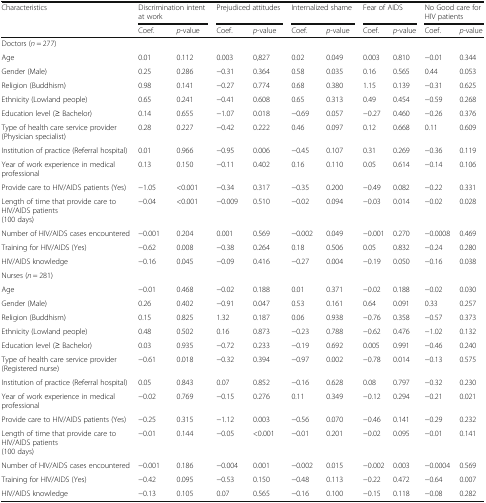
<table><thead><tr><td rowspan="2"><b>Characteristics</b></td><td colspan="2"><b>Discrimination intent at work</b></td><td colspan="2"><b>Prejudiced attitudes</b></td><td colspan="2"><b>Internalized shame</b></td><td colspan="2"><b>Fear of AIDS</b></td><td colspan="2"><b>No Good care for HIV patients</b></td></tr><tr><td><b>Coef.</b></td><td><b><i>p</i>-value</b></td><td><b>Coef.</b></td><td><b><i>p</i>-value</b></td><td><b>Coef.</b></td><td><b><i>p</i>-value</b></td><td><b>Coef.</b></td><td><b><i>p</i>-value</b></td><td><b>Coef.</b></td><td><b><i>p</i>-value</b></td></tr></thead><tbody><tr><td>Doctors (<i>n</i> = 277)</td><td></td><td></td><td></td><td></td><td></td><td></td><td></td><td></td><td></td><td></td></tr><tr><td>Age</td><td>0.01</td><td>0.112</td><td>0.003</td><td>0,827</td><td>0.02</td><td>0.049</td><td>0.003</td><td>0.810</td><td>−0.01</td><td>0.344</td></tr><tr><td>Gender (Male)</td><td>0.25</td><td>0.286</td><td>−0.31</td><td>0.364</td><td>0.58</td><td>0.035</td><td>0.16</td><td>0.565</td><td>0.44</td><td>0.053</td></tr><tr><td>Religion (Buddhism)</td><td>0.98</td><td>0.141</td><td>−0.27</td><td>0.774</td><td>0.68</td><td>0.380</td><td>1.15</td><td>0.139</td><td>−0.31</td><td>0.625</td></tr><tr><td>Ethnicity (Lowland people)</td><td>0.65</td><td>0.241</td><td>−0.41</td><td>0.608</td><td>0.65</td><td>0.313</td><td>0.49</td><td>0.454</td><td>−0.59</td><td>0.268</td></tr><tr><td>Education level (≥ Bachelor)</td><td>0.14</td><td>0.655</td><td>−1.07</td><td>0.018</td><td>−0.69</td><td>0.057</td><td>−0.27</td><td>0.460</td><td>−0.26</td><td>0.376</td></tr><tr><td>Type of health care service provider (Physician specialist)</td><td>0.28</td><td>0.227</td><td>−0.42</td><td>0.222</td><td>0.46</td><td>0.097</td><td>0.12</td><td>0.668</td><td>0.11</td><td>0.609</td></tr><tr><td>Institution of practice (Referral hospital)</td><td>0.01</td><td>0.966</td><td>−0.95</td><td>0.006</td><td>−0.45</td><td>0.107</td><td>0.31</td><td>0.269</td><td>−0.36</td><td>0.119</td></tr><tr><td>Year of work experience in medical professional</td><td>0.13</td><td>0.150</td><td>−0.11</td><td>0.402</td><td>0.16</td><td>0.110</td><td>0.05</td><td>0.614</td><td>−0.14</td><td>0.106</td></tr><tr><td>Provide care to HIV/AIDS patients (Yes)</td><td>−1.05</td><td>&lt;0.001</td><td>−0.34</td><td>0.317</td><td>−0.35</td><td>0.200</td><td>−0.49</td><td>0.082</td><td>−0.22</td><td>0.331</td></tr><tr><td>Length of time that provide care to HIV/AIDS patients(100 days)</td><td>−0.04</td><td>&lt;0.001</td><td>−0.009</td><td>0.510</td><td>−0.02</td><td>0.094</td><td>−0.03</td><td>0.014</td><td>−0.02</td><td>0.028</td></tr><tr><td>Number of HIV/AIDS cases encountered</td><td>−0.001</td><td>0.204</td><td>0.001</td><td>0.569</td><td>−0.002</td><td>0.049</td><td>−0.001</td><td>0.270</td><td>−0.0008</td><td>0.469</td></tr><tr><td>Training for HIV/AIDS (Yes)</td><td>−0.62</td><td>0.008</td><td>−0.38</td><td>0.264</td><td>0.18</td><td>0.506</td><td>0.05</td><td>0.832</td><td>−0.24</td><td>0.280</td></tr><tr><td>HIV/AIDS knowledge</td><td>−0.16</td><td>0.045</td><td>−0.09</td><td>0.416</td><td>−0.27</td><td>0.004</td><td>−0.19</td><td>0.050</td><td>−0.16</td><td>0.038</td></tr><tr><td>Nurses (<i>n</i> = 281)</td><td></td><td></td><td></td><td></td><td></td><td></td><td></td><td></td><td></td><td></td></tr><tr><td>Age</td><td>−0.01</td><td>0.468</td><td>−0.02</td><td>0.188</td><td>0.01</td><td>0.371</td><td>−0.02</td><td>0.188</td><td>−0.02</td><td>0.030</td></tr><tr><td>Gender (Male)</td><td>0.26</td><td>0.402</td><td>−0.91</td><td>0.047</td><td>0.53</td><td>0.161</td><td>0.64</td><td>0.091</td><td>0.33</td><td>0.257</td></tr><tr><td>Religion (Buddhism)</td><td>0.15</td><td>0.825</td><td>1.32</td><td>0.187</td><td>0.06</td><td>0.938</td><td>−0.76</td><td>0.358</td><td>−0.57</td><td>0.373</td></tr><tr><td>Ethnicity (Lowland people)</td><td>0.48</td><td>0.502</td><td>0.16</td><td>0.873</td><td>−0.23</td><td>0.788</td><td>−0.62</td><td>0.476</td><td>−1.02</td><td>0.132</td></tr><tr><td>Education level (≥ Bachelor)</td><td>0.03</td><td>0.935</td><td>−0.72</td><td>0.233</td><td>−0.19</td><td>0.692</td><td>0.005</td><td>0.991</td><td>−0.46</td><td>0.240</td></tr><tr><td>Type of health care service provider (Registered nurse)</td><td>−0.61</td><td>0.018</td><td>−0.32</td><td>0.394</td><td>−0.97</td><td>0.002</td><td>−0.78</td><td>0.014</td><td>−0.13</td><td>0.575</td></tr><tr><td>Institution of practice (Referral hospital)</td><td>0.05</td><td>0.843</td><td>0.07</td><td>0.852</td><td>−0.16</td><td>0.628</td><td>0.08</td><td>0.797</td><td>−0.32</td><td>0.230</td></tr><tr><td>Year of work experience in medical professional</td><td>−0.02</td><td>0.769</td><td>−0.15</td><td>0.276</td><td>0.11</td><td>0.349</td><td>−0.12</td><td>0.294</td><td>−0.21</td><td>0.021</td></tr><tr><td>Provide care to HIV/AIDS patients (Yes)</td><td>−0.25</td><td>0.315</td><td>−1.12</td><td>0.003</td><td>−0.56</td><td>0.070</td><td>−0.46</td><td>0.141</td><td>−0.29</td><td>0.232</td></tr><tr><td>Length of time that provide care to HIV/AIDS patients(100 days)</td><td>−0.01</td><td>0.144</td><td>−0.05</td><td>&lt;0.001</td><td>−0.01</td><td>0.201</td><td>−0.02</td><td>0.095</td><td>−0.01</td><td>0.141</td></tr><tr><td>Number of HIV/AIDS cases encountered</td><td>−0.001</td><td>0.186</td><td>−0.004</td><td>0.001</td><td>−0.002</td><td>0.015</td><td>−0.002</td><td>0.003</td><td>−0.0004</td><td>0.569</td></tr><tr><td>Training for HIV/AIDS (Yes)</td><td>−0.42</td><td>0.095</td><td>−0.53</td><td>0.150</td><td>−0.48</td><td>0.113</td><td>−0.22</td><td>0.472</td><td>−0.64</td><td>0.007</td></tr><tr><td>HIV/AIDS knowledge</td><td>−0.13</td><td>0.105</td><td>0.07</td><td>0.565</td><td>−0.16</td><td>0.100</td><td>−0.15</td><td>0.118</td><td>−0.08</td><td>0.282</td></tr></tbody></table>